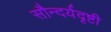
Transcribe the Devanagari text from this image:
सौन्दर्यदृष्टी